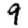
Digit: 9